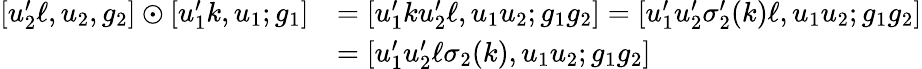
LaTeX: \begin{array}{rl}{[u_{2}^{\prime}\ell,u_{2},g_{2}]\odot[u_{1}^{\prime}k,u_{1};g_{1}]}&{=[u_{1}^{\prime}ku_{2}^{\prime}\ell,u_{1}u_{2};g_{1}g_{2}]=[u_{1}^{\prime}u_{2}^{\prime}\sigma_{2}^{\prime}(k)\ell,u_{1}u_{2};g_{1}g_{2}]}\\ &{=[u_{1}^{\prime}u_{2}^{\prime}\ell\sigma_{2}(k),u_{1}u_{2};g_{1}g_{2}]}\end{array}